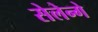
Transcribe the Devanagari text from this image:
सेलेन्गे